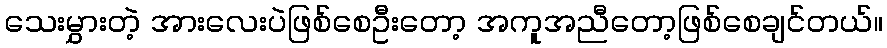
သေးမွှားတဲ့ အားလေးပဲဖြစ်စေဦးတော့ အကူအညီတော့ဖြစ်စေချင်တယ်။